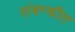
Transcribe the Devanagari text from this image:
संबन्धीत